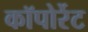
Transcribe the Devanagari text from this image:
कॉपोर्रेट